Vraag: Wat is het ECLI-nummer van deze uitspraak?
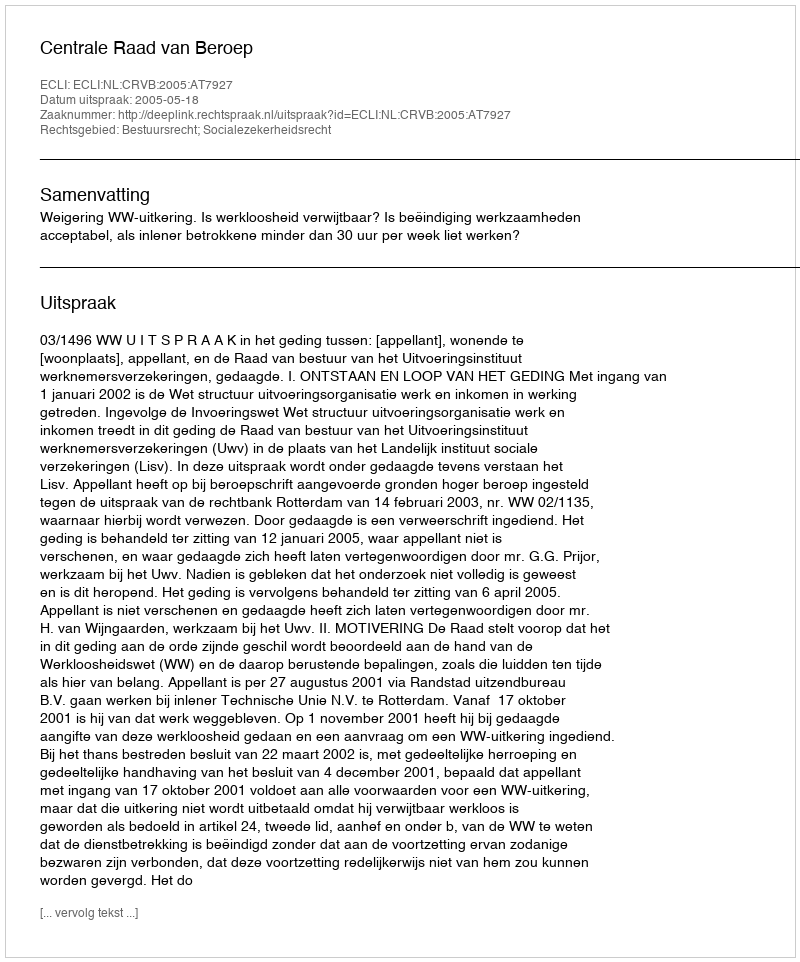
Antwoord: ECLI:NL:CRVB:2005:AT7927